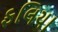
ફલિયા